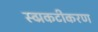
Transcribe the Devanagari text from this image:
स्व्प्रकटीकरण